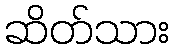
ဆိတ်သား